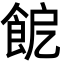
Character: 𩚬